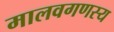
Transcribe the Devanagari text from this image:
मालवगणस्य